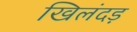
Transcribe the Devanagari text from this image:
खिलंदड़